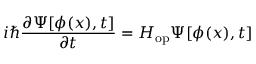
i \hbar \frac { \partial \Psi [ \phi ( x ) , t ] } { \partial t } = H _ { \mathrm { o p } } \Psi [ \phi ( x ) , t ]